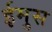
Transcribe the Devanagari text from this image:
ईमुस